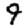
Digit: 9